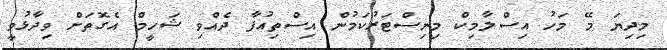
މިދިޔަ މޭ މަހު އިސްލާމިކް މިނިސްޓަރުކަމުން އިސްތިއުފާ ދެއްވި ޝަހީމް އެގޮތަށް ވިދާޅުވީ